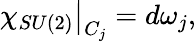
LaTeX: \left.\chi_{SU(2)}\right|_{C_{j}}=d\omega_{j},